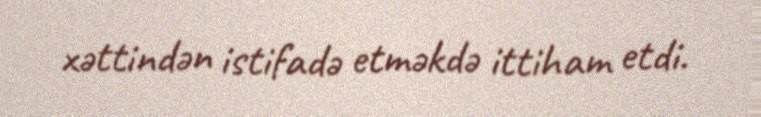
xəttindən istifadə etməkdə ittiham etdi.